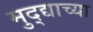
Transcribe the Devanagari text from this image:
मुद्द्याच्‍या